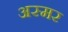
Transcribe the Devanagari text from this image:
अस्मर